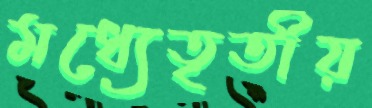
মধ্যেতৃতীয়